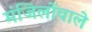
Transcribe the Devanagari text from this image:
मंजिलोंवाले